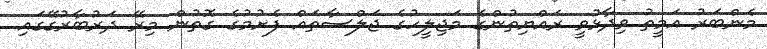
މެންބަރު އަމީތު ވިދާޅުވީ ރައްޔިތުންގެ މަޖިލީހުގެ ޖަލްސާތައް ފެށުމުގެ ގޮތުން މިރޭ ދަރުބާރުގޭގައި